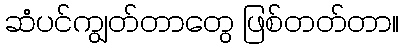
ဆံပင်ကျွတ်တာတွေ ဖြစ်တတ်တာ။